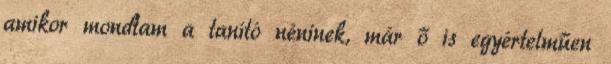
amikor mondtam a tanító néninek, már ő is egyértelműen